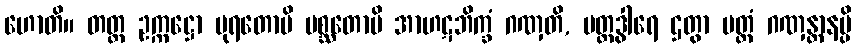
ဟောတိ။ တတ္ထ ဥက္ကဋ္ဌော ပုရတောပိ ပစ္ဆတောပိ အာဟဋဘိက္ခံ ဂဏှတိ, ပတ္တဒွါရေ ဌတွာ ပတ္တံ ဂဏှန္တာနမ္ပိ